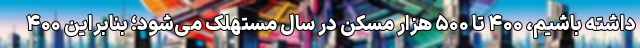
داشته باشیم، ۴۰۰ تا ۵۰۰ هزار مسکن در سال مستهلک می‌شود؛ بنابراین ۴۰۰